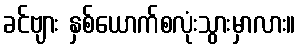
ခင်ဗျား နှစ်ယောက်စလုံးသွားမှာလား။